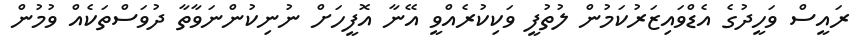
ރައީސް ވަހީދުގެ އެޑްވައިޒަރުކަމުން ލުތުފީ ވަކިކުރެއްވީ އޭނާ އޮފީހަށް ނުނިކުންނަވާތާ ދުވަސްތަކެއް ވުމުން